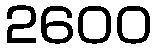
2600